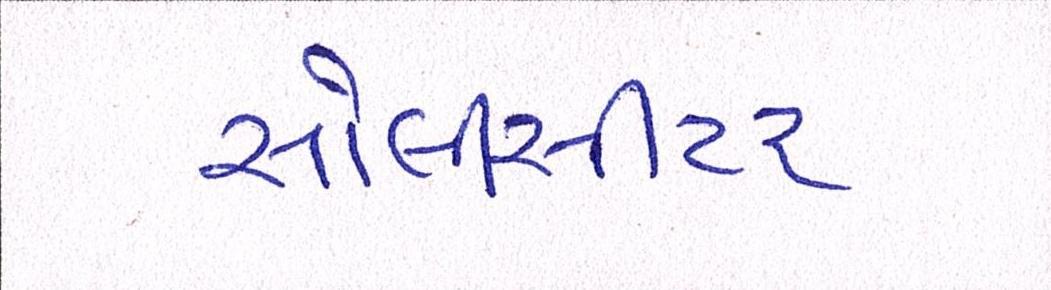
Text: સોલિસીટર